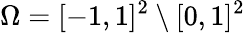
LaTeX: \Omega=[-1,1]^{2}\setminus[0,1]^{2}